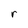
Character: r